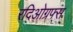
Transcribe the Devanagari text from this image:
रदिओग्रफ्स